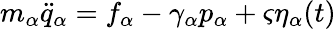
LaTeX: \begin{array}{r}{m_{\alpha}\ddot{q}_{\alpha}=f_{\alpha}-\gamma_{\alpha}p_{\alpha}+\varsigma\eta_{\alpha}(t)}\end{array}